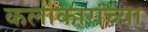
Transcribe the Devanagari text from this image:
कलाकारांच्‍या